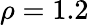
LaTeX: \rho=1.2